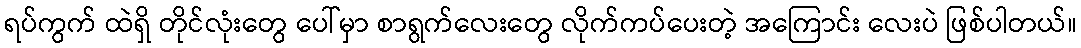
ရပ်ကွက် ထဲရှိ တိုင်လုံးတွေ ပေါ်မှာ စာရွက်လေးတွေ လိုက်ကပ်ပေးတဲ့ အကြောင်း လေးပဲ ဖြစ်ပါတယ်။